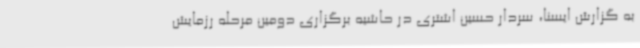
به گزارش ایسنا، سردار حسین اشتری در حاشیه برگزاری دومین مرحله رزمایش